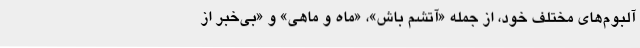
آلبوم‌های مختلف خود، از جمله «آتشم باش»، «ماه و ماهی» و «بی‌خبر از